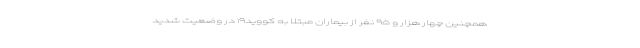
همچنین چهار هزار و ۹۵ نفر از بیماران مبتلا به کووید۱۹ در وضعیت شدید